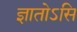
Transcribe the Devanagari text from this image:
ज्ञातोऽसि